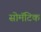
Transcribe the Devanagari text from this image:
सोमॅटिक